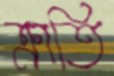
ক্রাতি